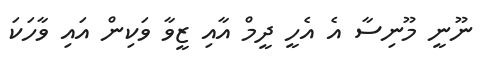
ނޫނީ މޫނިސާ އެ އެހީ ދީމް އާއި ޒީވާ ވަކިން އައި ވާހަކަ